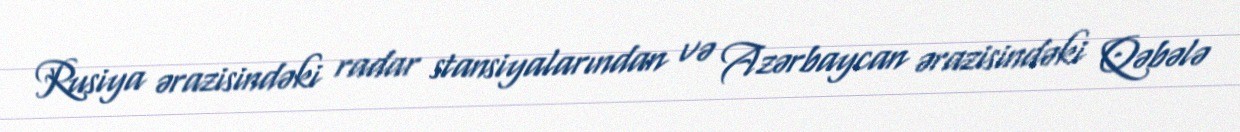
Rusiya ərazisindəki radar stansiyalarından və Azərbaycan ərazisindəki Qəbələ